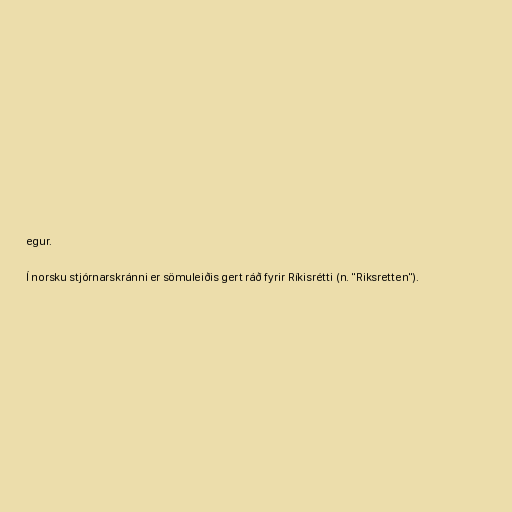
egur.

Í norsku stjórnarskránni er sömuleiðis gert ráð fyrir Ríkisrétti (n. "Riksretten").